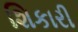
શિકારી